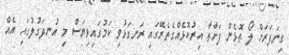
ގިނަފަރަށް ލޯ ތޮޅެން ފަށާތާ އިރުކޮޅެއްގެތެރޭގައި ރަނގަޅުވި ކަމުގައިވިޔަސް މި އުނދަގުލުގައި އެއް